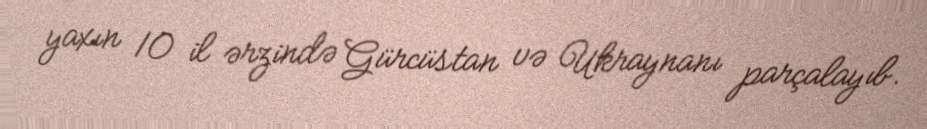
yaxın 10 il ərzində Gürcüstan və Ukraynanı parçalayıb.